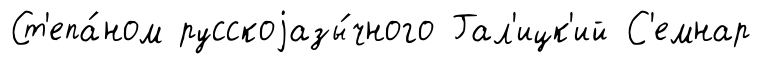
Ст'епа́ном русскоjазы́чного Гал'ицк'ий С'емнар